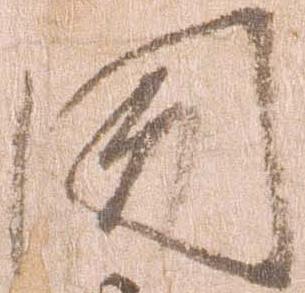
聞